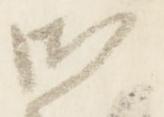
御